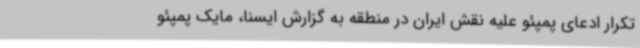
تکرار ادعای پمپئو علیه نقش ایران در منطقه به گزارش ایسنا، مایک پمپئو